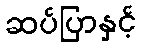
ဆပ်ပြာနှင့်